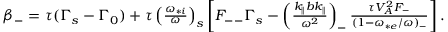
\begin{array} { r } { \beta _ { - } = \tau ( \Gamma _ { s } - \Gamma _ { 0 } ) + \tau \left( \frac { \omega _ { * i } } { \omega } \right) _ { s } \left[ F _ { -- } \Gamma _ { s } - \left( \frac { k _ { \parallel } b k _ { \parallel } } { \omega ^ { 2 } } \right) _ { - } \frac { \tau V _ { A } ^ { 2 } F _ { - } } { ( 1 - \omega _ { * e } / \omega ) _ { - } } \right] . } \end{array}